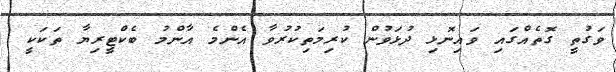
ވަގުތީ ގޮތެއްގައި ވައިނޮޅި ދުޅަވުން ކުރިމަތިކުރުވާ އެންމެ އާންމު ބެކްޓީރިޔާ ތަކަކީ